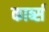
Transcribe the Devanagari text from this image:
कार्ब्स